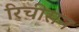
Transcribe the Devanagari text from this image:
रिचीसन